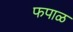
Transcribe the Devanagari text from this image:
फपाळ